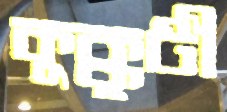
কুক্কুটী